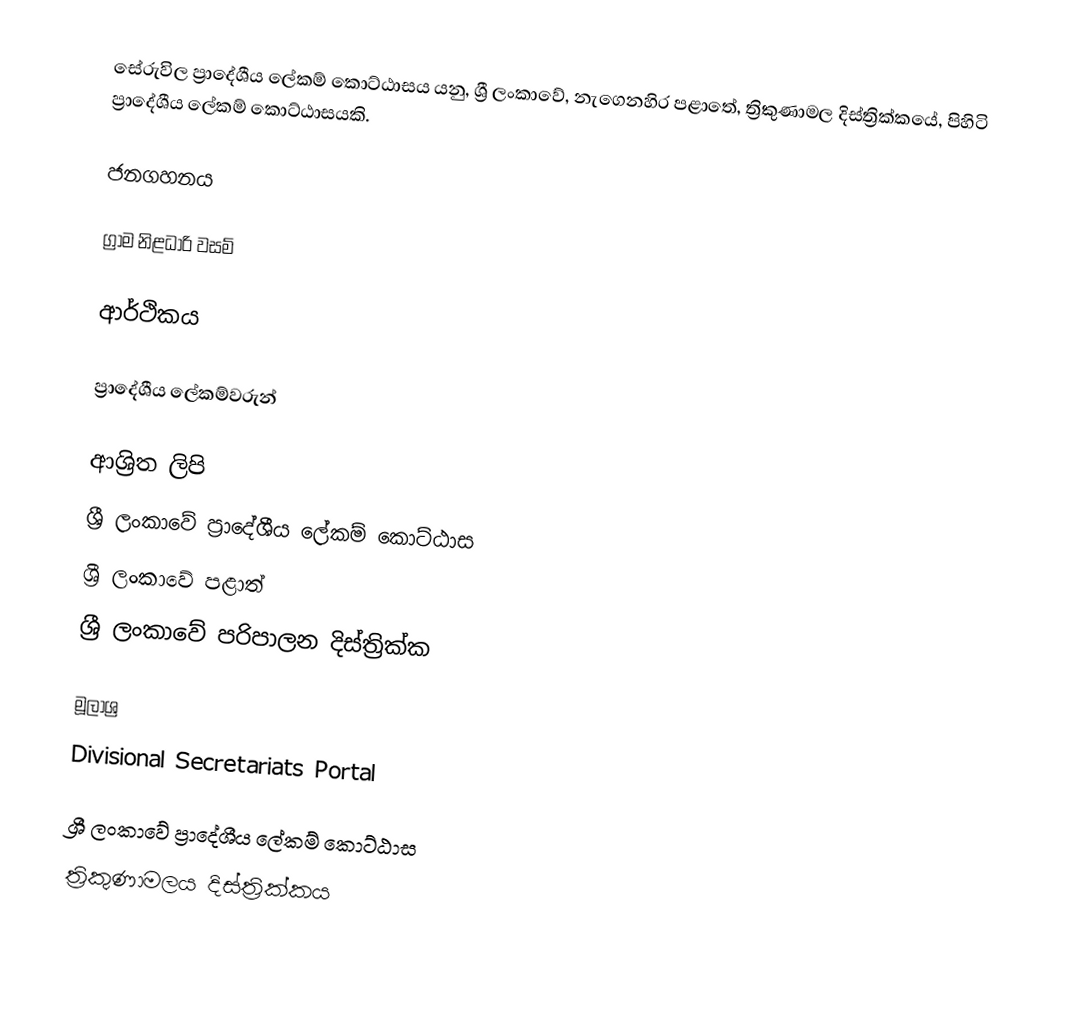
සේරුවිල ප්‍රාදේශීය ලේකම් කොට්ඨාසය යනු,  ශ්‍රී ලංකාවේ, නැගෙනහිර පළාතේ,   ත්‍රිකුණාමල දිස්ත්‍රික්කයේ, පිහිටි ප්‍රාදේශීය ලේකම් කොට්ඨාසයකි.

ජනගහනය

ග්‍රාම නිළධාරි වසම්

ආර්ථිකය

ප්‍රාදේශීය ලේකම්වරුන්

ආශ්‍රිත ලිපි
ශ්‍රී ලංකාවේ ප්‍රාදේශීය ලේකම් කොට්ඨාස
ශ්‍රී ලංකාවේ පළාත්
ශ්‍රී ලංකාවේ පරිපාලන දිස්ත්‍රික්ක

මූලාශ්‍ර
 Divisional Secretariats Portal

ශ්‍රී ලංකාවේ ප්‍රාදේශීය ලේකම් කොට්ඨාස
ත්‍රිකුණාමලය දිස්ත්‍රික්කය